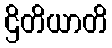
ဌိတိယာတိ